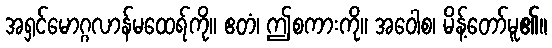
အရှင်မောဂ္ဂလာန်မထေရ်ကို။ ဧတံ၊ ဤစကားကို။ အဝေါစ၊ မိန့်တော်မူ၏။